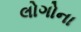
લોગોના